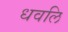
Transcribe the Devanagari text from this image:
धवलि